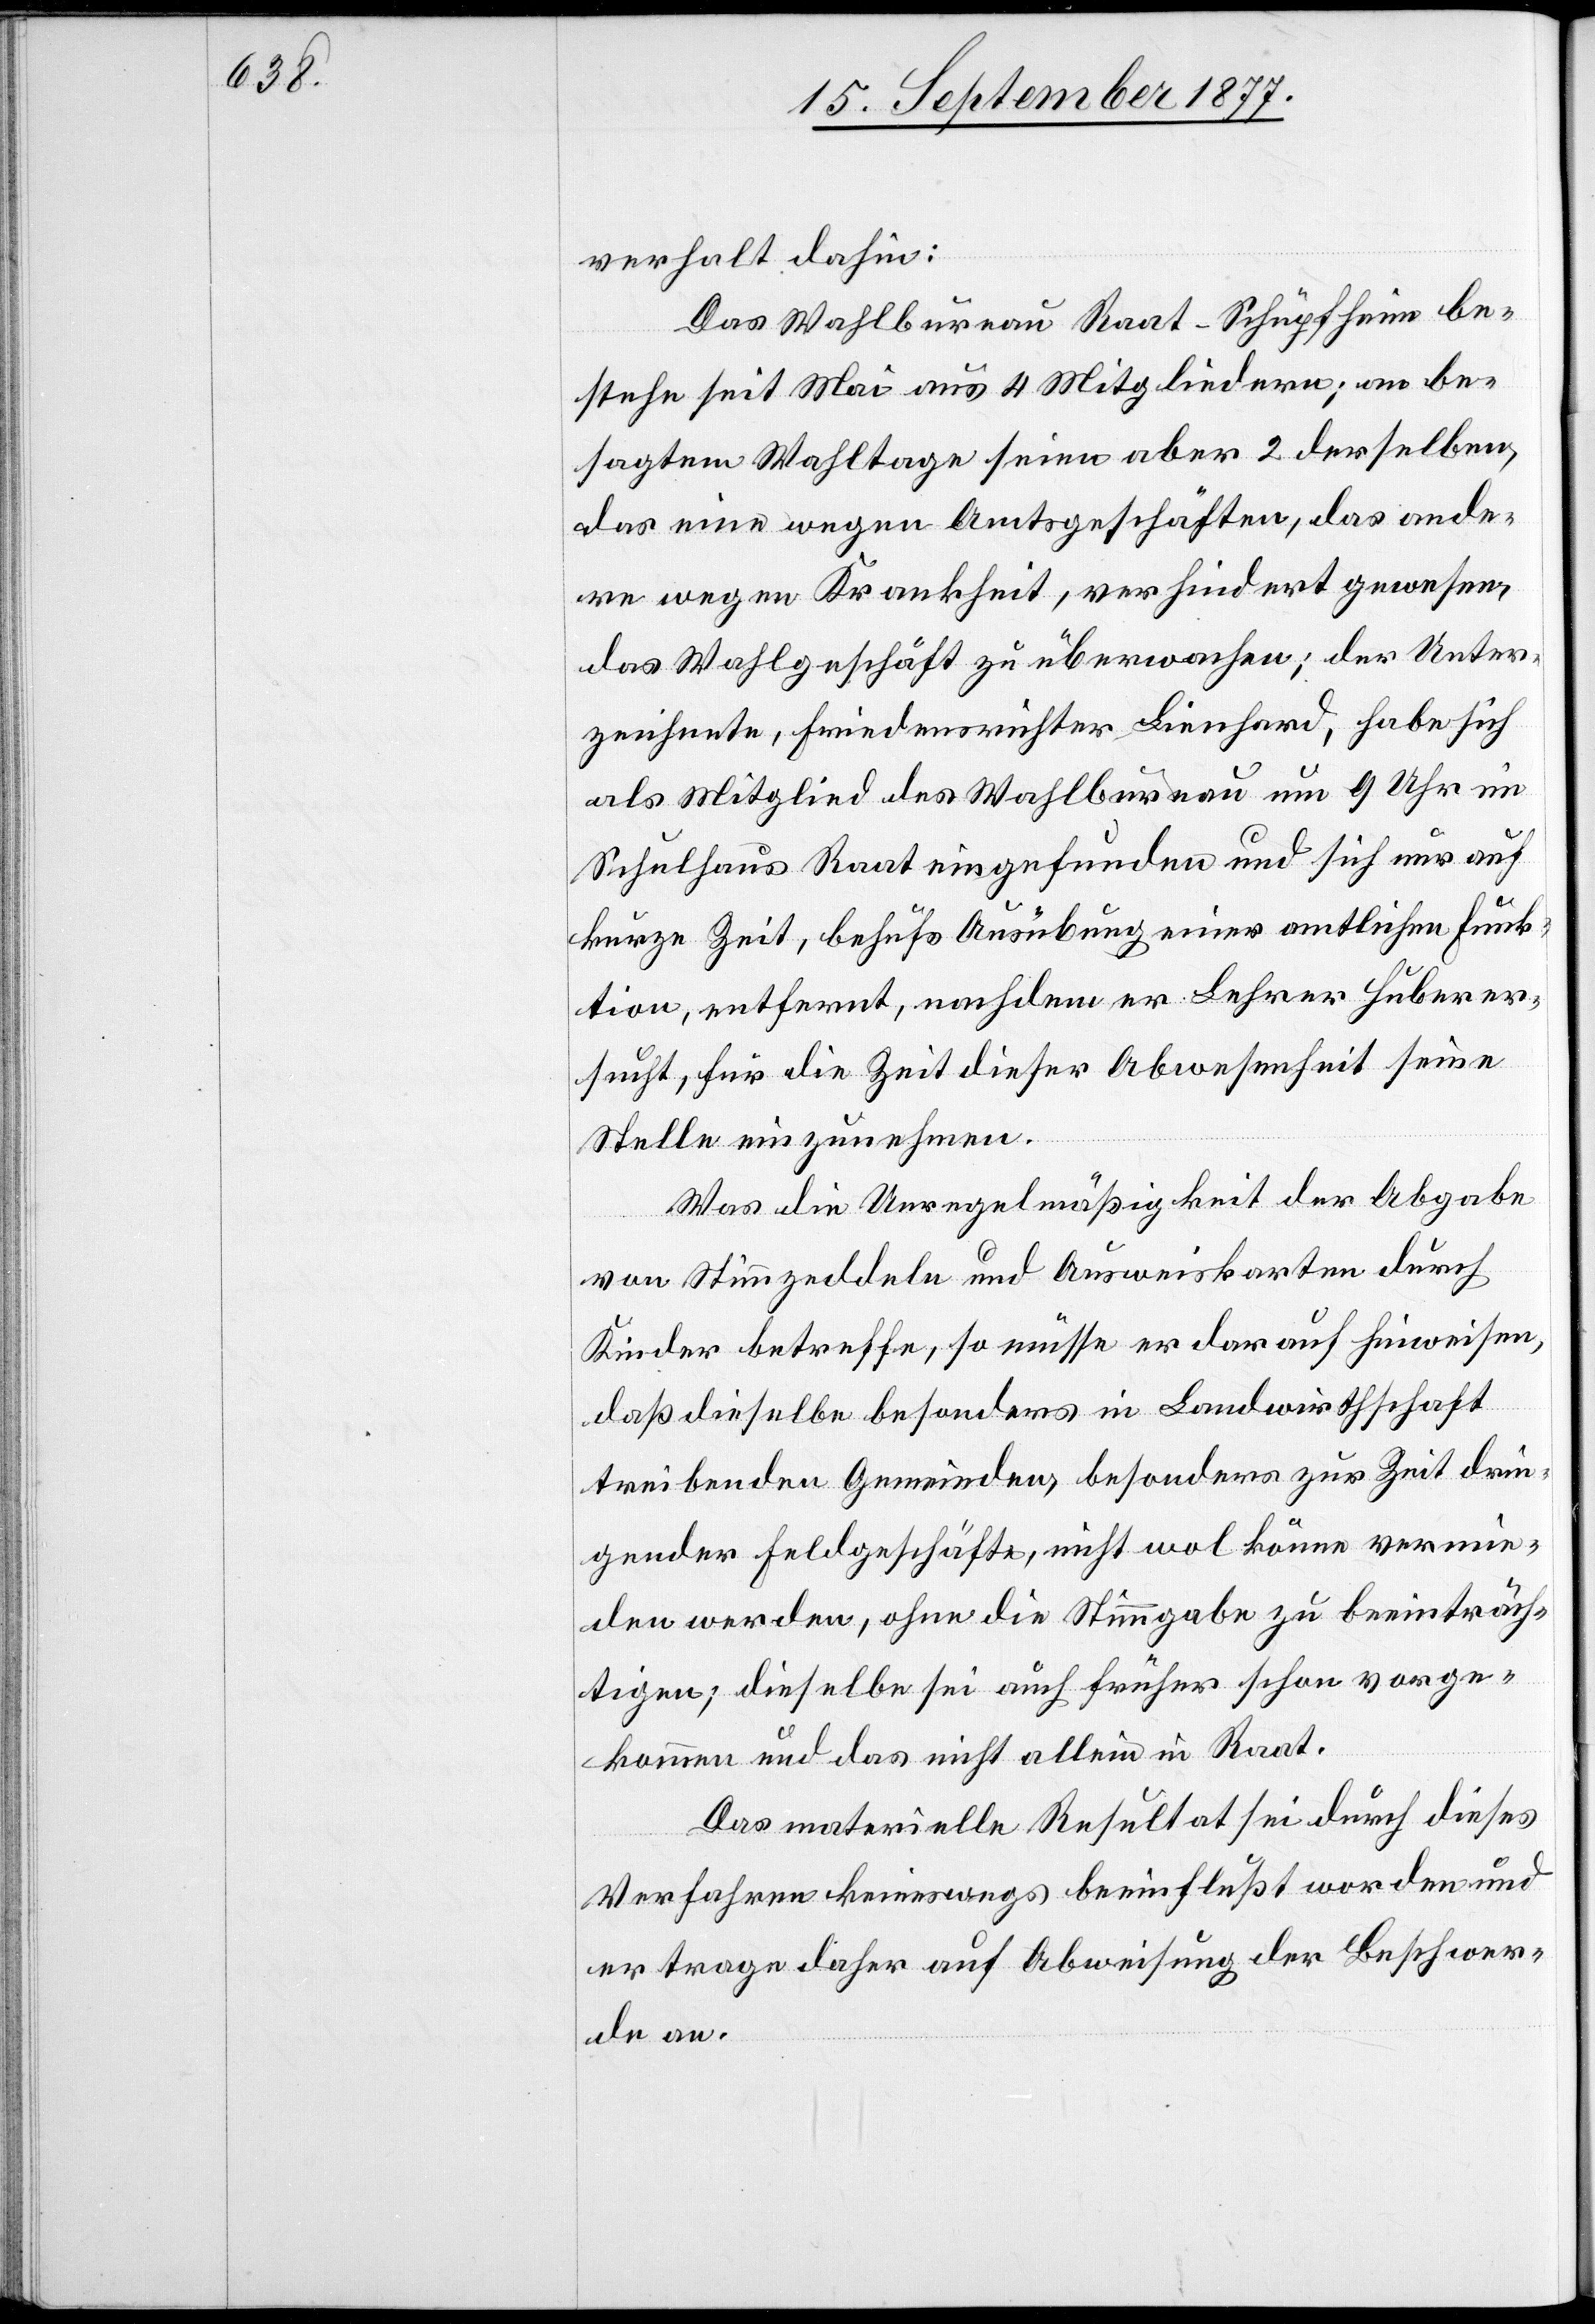
verhalt dahin:
Das Wahlbureau Raat-Schüpfheim be¬
stehe seit Mai aus 4 Mitgliedern; an be¬
sagtem Wahltage seien aber 2 derselben,
das eine wegen Amtsgeschäften, das ande¬
re wegen Krankheit, verhindert gewesen,
das Wahlgeschäft zu überwachen; der Unter¬
zeichnete, Friedensrichter Lienhard, habe sich
als Mitglied des Wahlbureau um 9 Uhr im
Schulhaus Raat eingefunden und sich nur auf
kurze Zeit, behufs Ausübung einer amtlichen Funk¬
tion, entfernt, nachdem er Lehrer Huber er¬
sucht, für die Zeit dieser Abwesenheit seine
Stelle einzunehmen.
Was die Unregelmäßigkeit der Abgabe
von Stimmzeddeln und Ausweiskarten durch
Kinder betreffe, so müsse er darauf hinweisen,
daß dieselbe besonders in Landwirthschaft
treibenden Gemeinden, besonders zur Zeit drin¬
gender Feldgeschäfte, nicht wol könne vermie¬
den werden, ohne die Stimmgabe zu beeinträch¬
tigen; dieselbe sei auch früher schon vorge¬
kommen und das nicht allein in Raat.
Das materielle Resultat sei durch dieses
Verfahren keineswegs beeinflußt worden und
er trage daher auf Abweisung der Beschwer¬
de an.